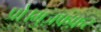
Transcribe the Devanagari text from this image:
प्रो।मुज़फ़्फ़र